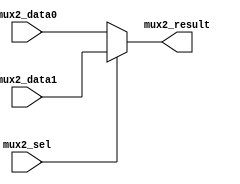
`timescale 1ps/1ps
module mux2(mux2_data0, 
	          mux2_data1,
	          mux2_sel, 
	          mux2_result);

parameter d_width = 12;
parameter sel_width = 1; //sel_width/2

	input         [d_width-1:0]  	mux2_data0, mux2_data1;
	input         [sel_width-1:0]	mux2_sel;
	output        [d_width-1:0]	 	mux2_result;

	wire           [d_width-1:0]   mux2_result;

assign mux2_result = (mux2_sel == 1'b0)? mux2_data0 : mux2_data1;
	
//always@(mux2_data0, mux2_data1, mux2_sel)
//	begin
//		case(mux2_sel)
//
//		1'b0 : mux2_result = mux2_data0;
//		1'b1 : mux2_result = mux2_data1;
//
//		default mux2_result = 12'b000000000000;
//		endcase
//	end

endmodule